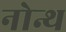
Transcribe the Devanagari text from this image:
नोन्थ